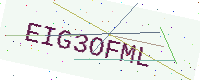
Text: EIG3OFML